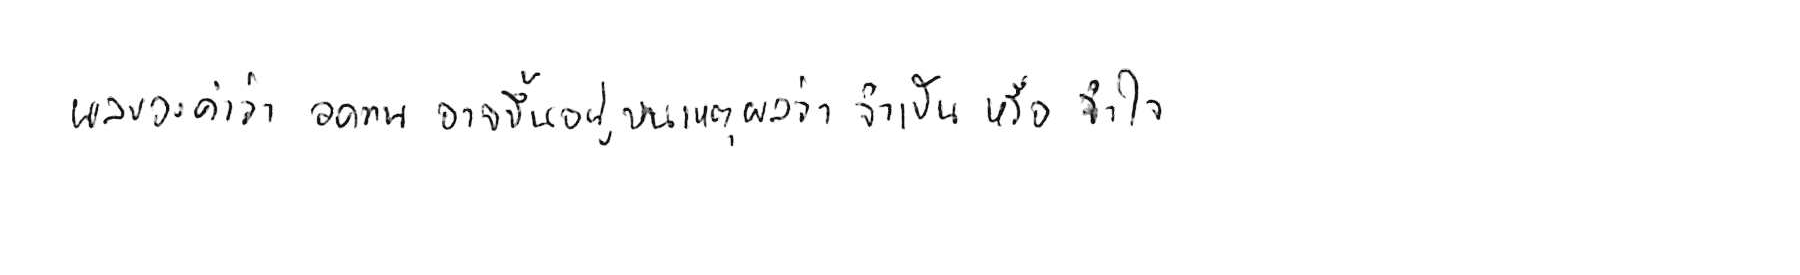
ผลของคำว่า อดทน อาจขึ้นอยู่บนเหตุผลว่า จำเป็น หรือ จำใจ